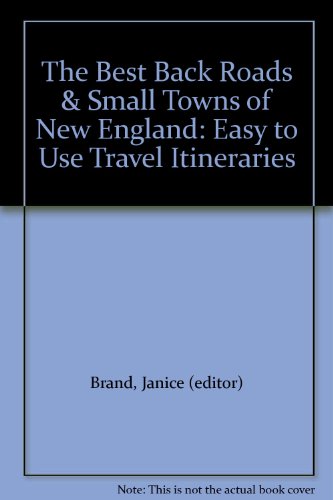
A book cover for The Best Back Roads & Small Towns of New England: Easy to Use Travel Itineraries; Janice (editor) Brand; Travel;